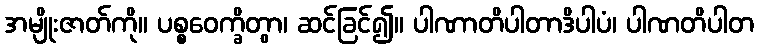
အမျိုးဇာတ်ကို။ ပစ္စဝေက္ခိတွာ၊ ဆင်ခြင်၍။ ပါဏာတိပါတာဒိပါပံ၊ ပါဏတိပါတ